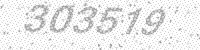
Solution: 303519